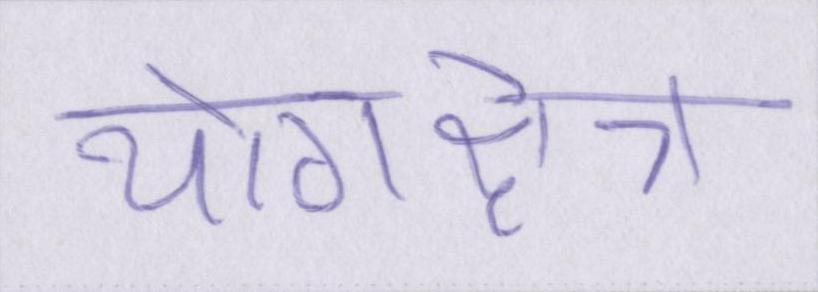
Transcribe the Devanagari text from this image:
योगक्षेत्र